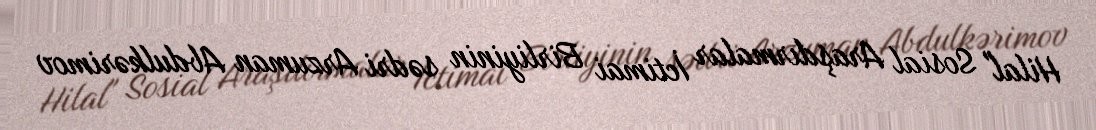
Hilal" Sosial Araşdırmalar İctimai Birliyinin sədri Arzuman Abdulkərimov